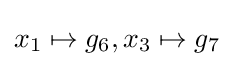
x_{1}\mapsto g_{6},x_{3}\mapsto g_{7}